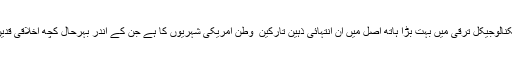
مغرب کی ٹیکنالوجیکل ترقی میں بہت بڑا ہاتھ اصل میں ان انتہائی ذہین تارکین ِ وطن امریکی شہریوں کا ہے جن کے اندر بہرحال کچھ اخلاقی قدیں موجود ہیں۔